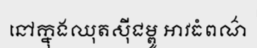
នៅក្នុងឈុតស៊ីជម្ពូ អាវធំពណ៌